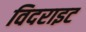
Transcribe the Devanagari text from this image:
विदराइट